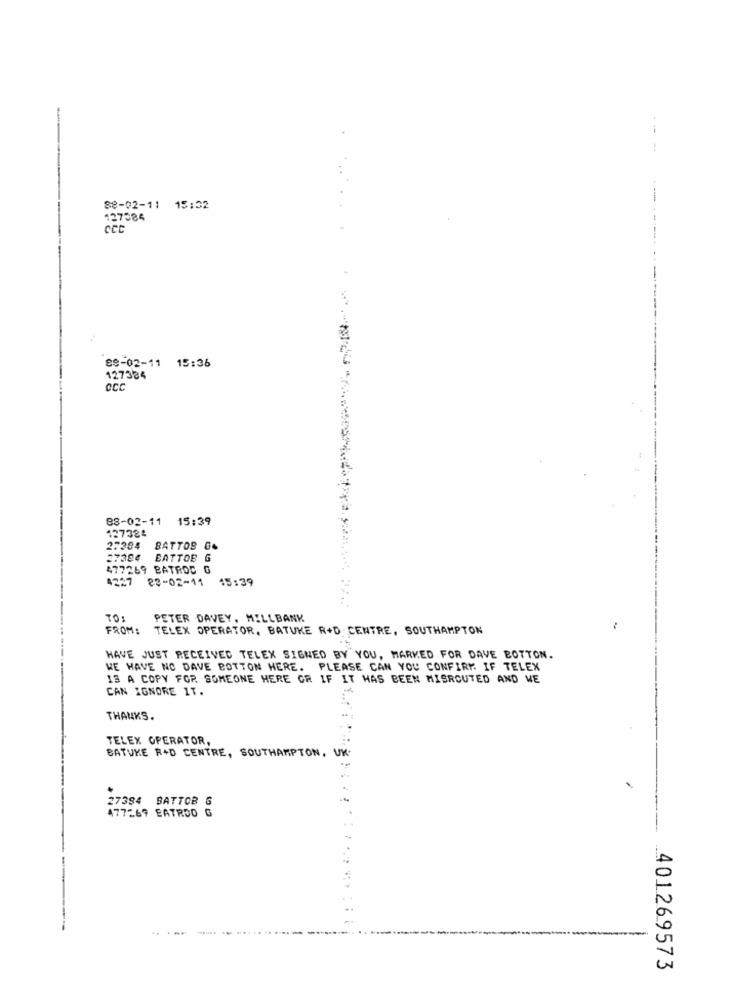
-
--
-
88-02-11 15:32
127584
cct
88-02-11 15:36
127384
OCC
88-02-11 15:39
127384
27384
BATTOS G.
37384
BATTOB G
477269 BATROC G
4227
83-02-11 45:39
TO:
PETER DAVEY, MILLBANK
FROM: TELEX OPERATOR, BATUKE R+D CENTRE, SOUTHAMPTON
HAVE JUST RECEIVED TELEX SIGNED BY YOU, MARKED FOR DAVE BOTTON.
WE HAVE NO DAVE BOTTON HERE. PLEASE CAN YOU CONFIRM IF TELEX
IS A COPY FOR SOMEONE HERE OR IF IT HAS BEEN MISROUTED AND WE
CAN IGNORE IT.
THANKS.
TELEX OPERATOR,
BATUKE R+D CENTRE, SOUTHAMPTON, UK.
.
27394 BATTOB 6
477267 BATRDO G
401269573